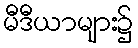
မီဒီယာများ၌